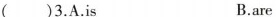
()3.A.is B.are